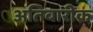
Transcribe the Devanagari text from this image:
अतिबारीक